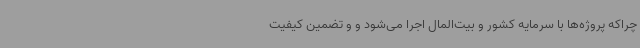
چراکه پروژه‌ها با سرمایه کشور و بیت‌المال اجرا می‌شود و و تضمین کیفیت